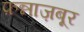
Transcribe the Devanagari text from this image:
फ़न्नाज़बूर